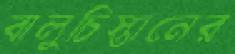
বালুচিস্তানের